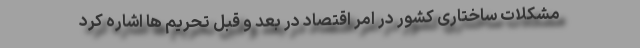
مشکلات ساختاری کشور در امر اقتصاد در بعد و قبل تحریم ها اشاره کرد